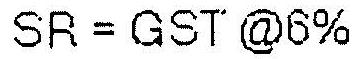
SR = GST @6%